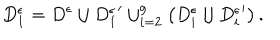
LaTeX: D _ { 1 } ^ { \epsilon } = D ^ { \epsilon } \cup { D _ { 1 } ^ { \epsilon } } ^ { \prime } \cup _ { i = 2 } ^ { g } \left( D _ { i } ^ { \epsilon } \cup { D _ { i } ^ { \epsilon } } ^ { \prime } \right) .